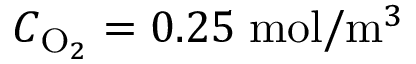
C _ { \mathrm { O } _ { 2 } } = 0 . 2 5 \; \mathrm { m o l } / \mathrm { m } ^ { 3 }